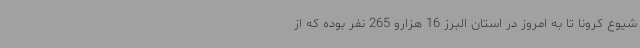
شیوع کرونا تا به امروز در استان البرز 16 هزارو 265 نفر بوده که از